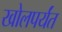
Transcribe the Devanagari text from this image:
खोलपर्यंत